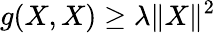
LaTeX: g(X,X)\geq\lambda\| X\| ^{2}